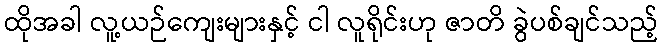
ထိုအခါ လူ့ယဉ်ကျေးများနှင့် ငါ လူရိုင်းဟု ဇာတိ ခွဲပစ်ချင်သည့်